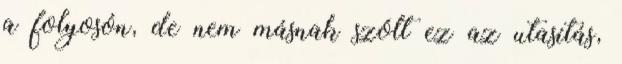
a folyosón, de nem másnak szólt ez az utasítás,